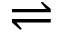
\rightleftharpoons